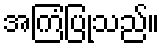
အကြံပြုသည်။